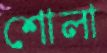
শোলা